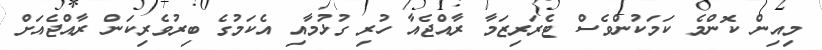
މިއިން ކޮންމެ ކަމަކުންވެސް ޓެރަރިޒަމާ ރާއްޖެއާ ހުރި ގުޅުމާއި އެކަމުގެ ބިރުވެރިކަން ރާއްޖެއަށް